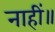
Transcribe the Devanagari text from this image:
नाहीं॥